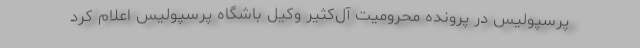
پرسپولیس در پرونده محرومیت آل‌کثیر وکیل باشگاه پرسپولیس اعلام کرد